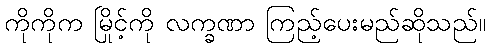
ကိုကိုက မြိုင့်ကို လက္ခဏာ ကြည့်ပေးမည်ဆိုသည်။